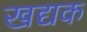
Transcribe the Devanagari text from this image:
खद्यक